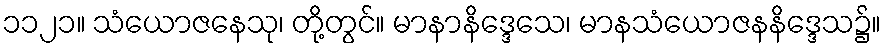
၁၁၂၁။ သံယောဇနေသု၊ တို့တွင်။ မာနာနိဒ္ဒေသေ၊ မာနသံယောဇနနိဒ္ဒေသ၌။